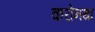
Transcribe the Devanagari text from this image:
करोनथा